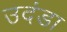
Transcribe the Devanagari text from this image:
उदंडा